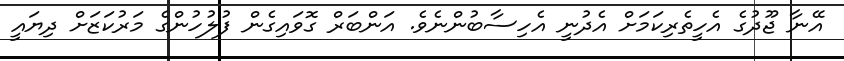
އޭނާ ޖޫދުގެ އެހީތެރިކަމަށް އެދުނީ އެހިސާބުންނެވެ. އަންބަރް ގޮވައިގެން ފުލުހުންގެ މަރުކަޒަށް ދިޔައީ